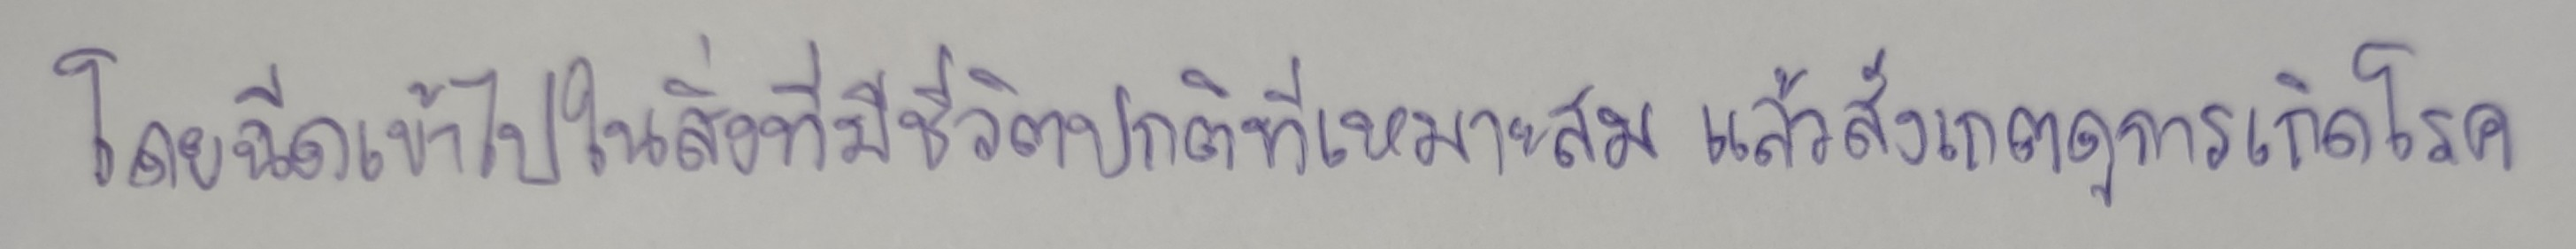
โดยฉีดเข้าไปในสิ่งที่มีชีวิตปกติที่เหมาะสมแล้วสังเกตดูการเกิดโรค